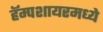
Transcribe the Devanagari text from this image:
हॅम्पशायरमध्ये